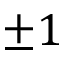
\pm 1